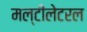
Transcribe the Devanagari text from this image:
मल्टीलेटरल